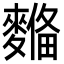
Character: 𪍞